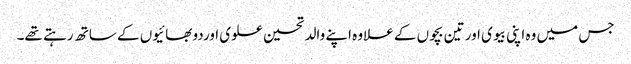
جس میں وہ اپنی بیوی اور تین بچوں کے علاوہ اپنے والد تحسین علوی اوردو بھائیوں کے ساتھ رہتے تھے۔